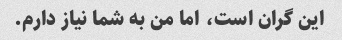
این گران است، اما من به شما نیاز دارم.